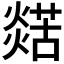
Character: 𤐞